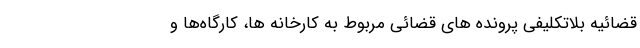
قضائیه بلاتکلیفی پرونده های قضائی مربوط به کارخانه ها، کارگاه‌ها و